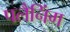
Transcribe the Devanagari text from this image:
पलैनिंग